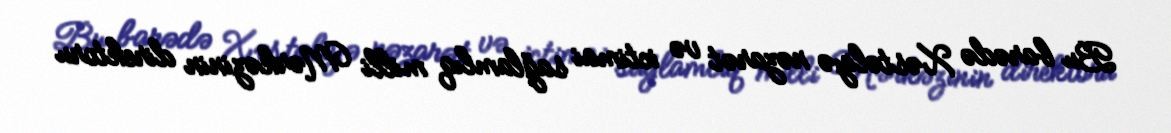
Bu barədə Xəstəliyə nəzarət və ictimai sağlamlıq milli Mərkəzinin direktoru